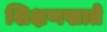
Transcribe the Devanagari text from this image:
शिक्षणखाते